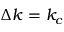
\Delta k = k _ { c }